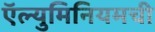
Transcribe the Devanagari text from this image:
ऍल्युमिनियमची